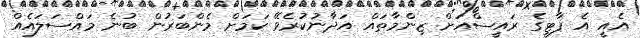
އެއީ އެ ޕާޓީގެ ރައީސްއަށް ޒިންމާތައް އަދާނުކުރެވޭ ކަމަށް މެންބަރުން ބުނެ މައްސަލައެއް